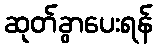
ဆုတ်ခွာပေးရန်